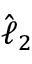
\hat { \ell } _ { 2 }